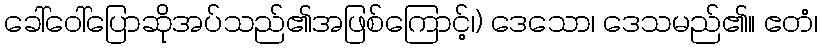
ခေါ်ဝေါ်ပြောဆိုအပ်သည်၏အဖြစ်ကြောင့်၊) ဒေသော၊ ဒေသမည်၏။ ဧတံ၊